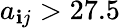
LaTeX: a_{\mathbf{i}j}>27.5